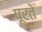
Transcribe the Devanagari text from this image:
पूरते